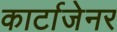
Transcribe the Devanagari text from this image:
कार्टाजेनर